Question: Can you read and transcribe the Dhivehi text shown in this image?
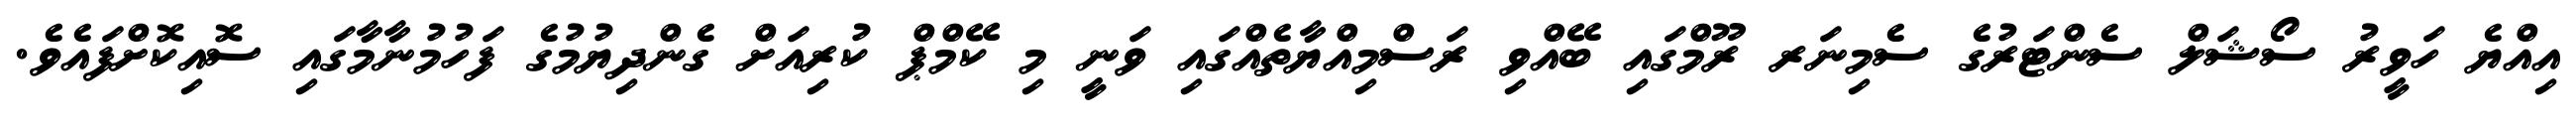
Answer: އިއްޔެ ހަވީރު ސޯޝަލް ސެންޓަރުގެ ސެމިނަރ ރޫމްގައި ބޭއްވި ރަސްމިއްޔާތެއްގައި ވަނީ މި ކޭމްޕް ކުރިއަށް ގެންދިޔުމުގެ ފަހުމުނާމާގައި ސޮއިކޮށްފައެވެ.